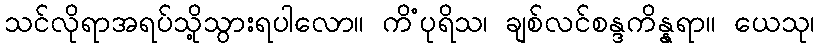
သင်လိုရာအရပ်သို့သွားရပါလော။ ကိံပုရိသ၊ ချစ်လင်စန္ဒကိန္နရာ။ ယေသု၊